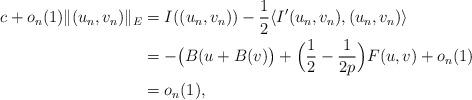
LaTeX: \begin{align*}c+o_{n}(1)\|(u_{n},v_{n})\|_{E}&=I((u_{n},v_{n}))-\frac{1}{2}\langle I'(u_{n},v_{n}),(u_{n},v_{n})\rangle\\&=-\big(B(u+B(v)\big)+\Big(\frac{1}{2}-\frac{1}{2p}\Big)F(u,v)+o_{n}(1)\\&=o_{n}(1),\end{align*}